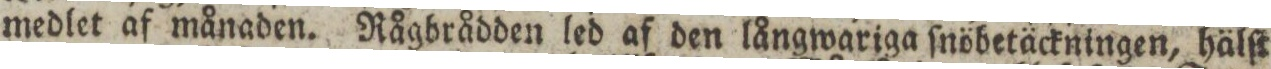
medlet af månaden. Rågbrådden led af den långwariga ſnöbetäckningen, hälſt